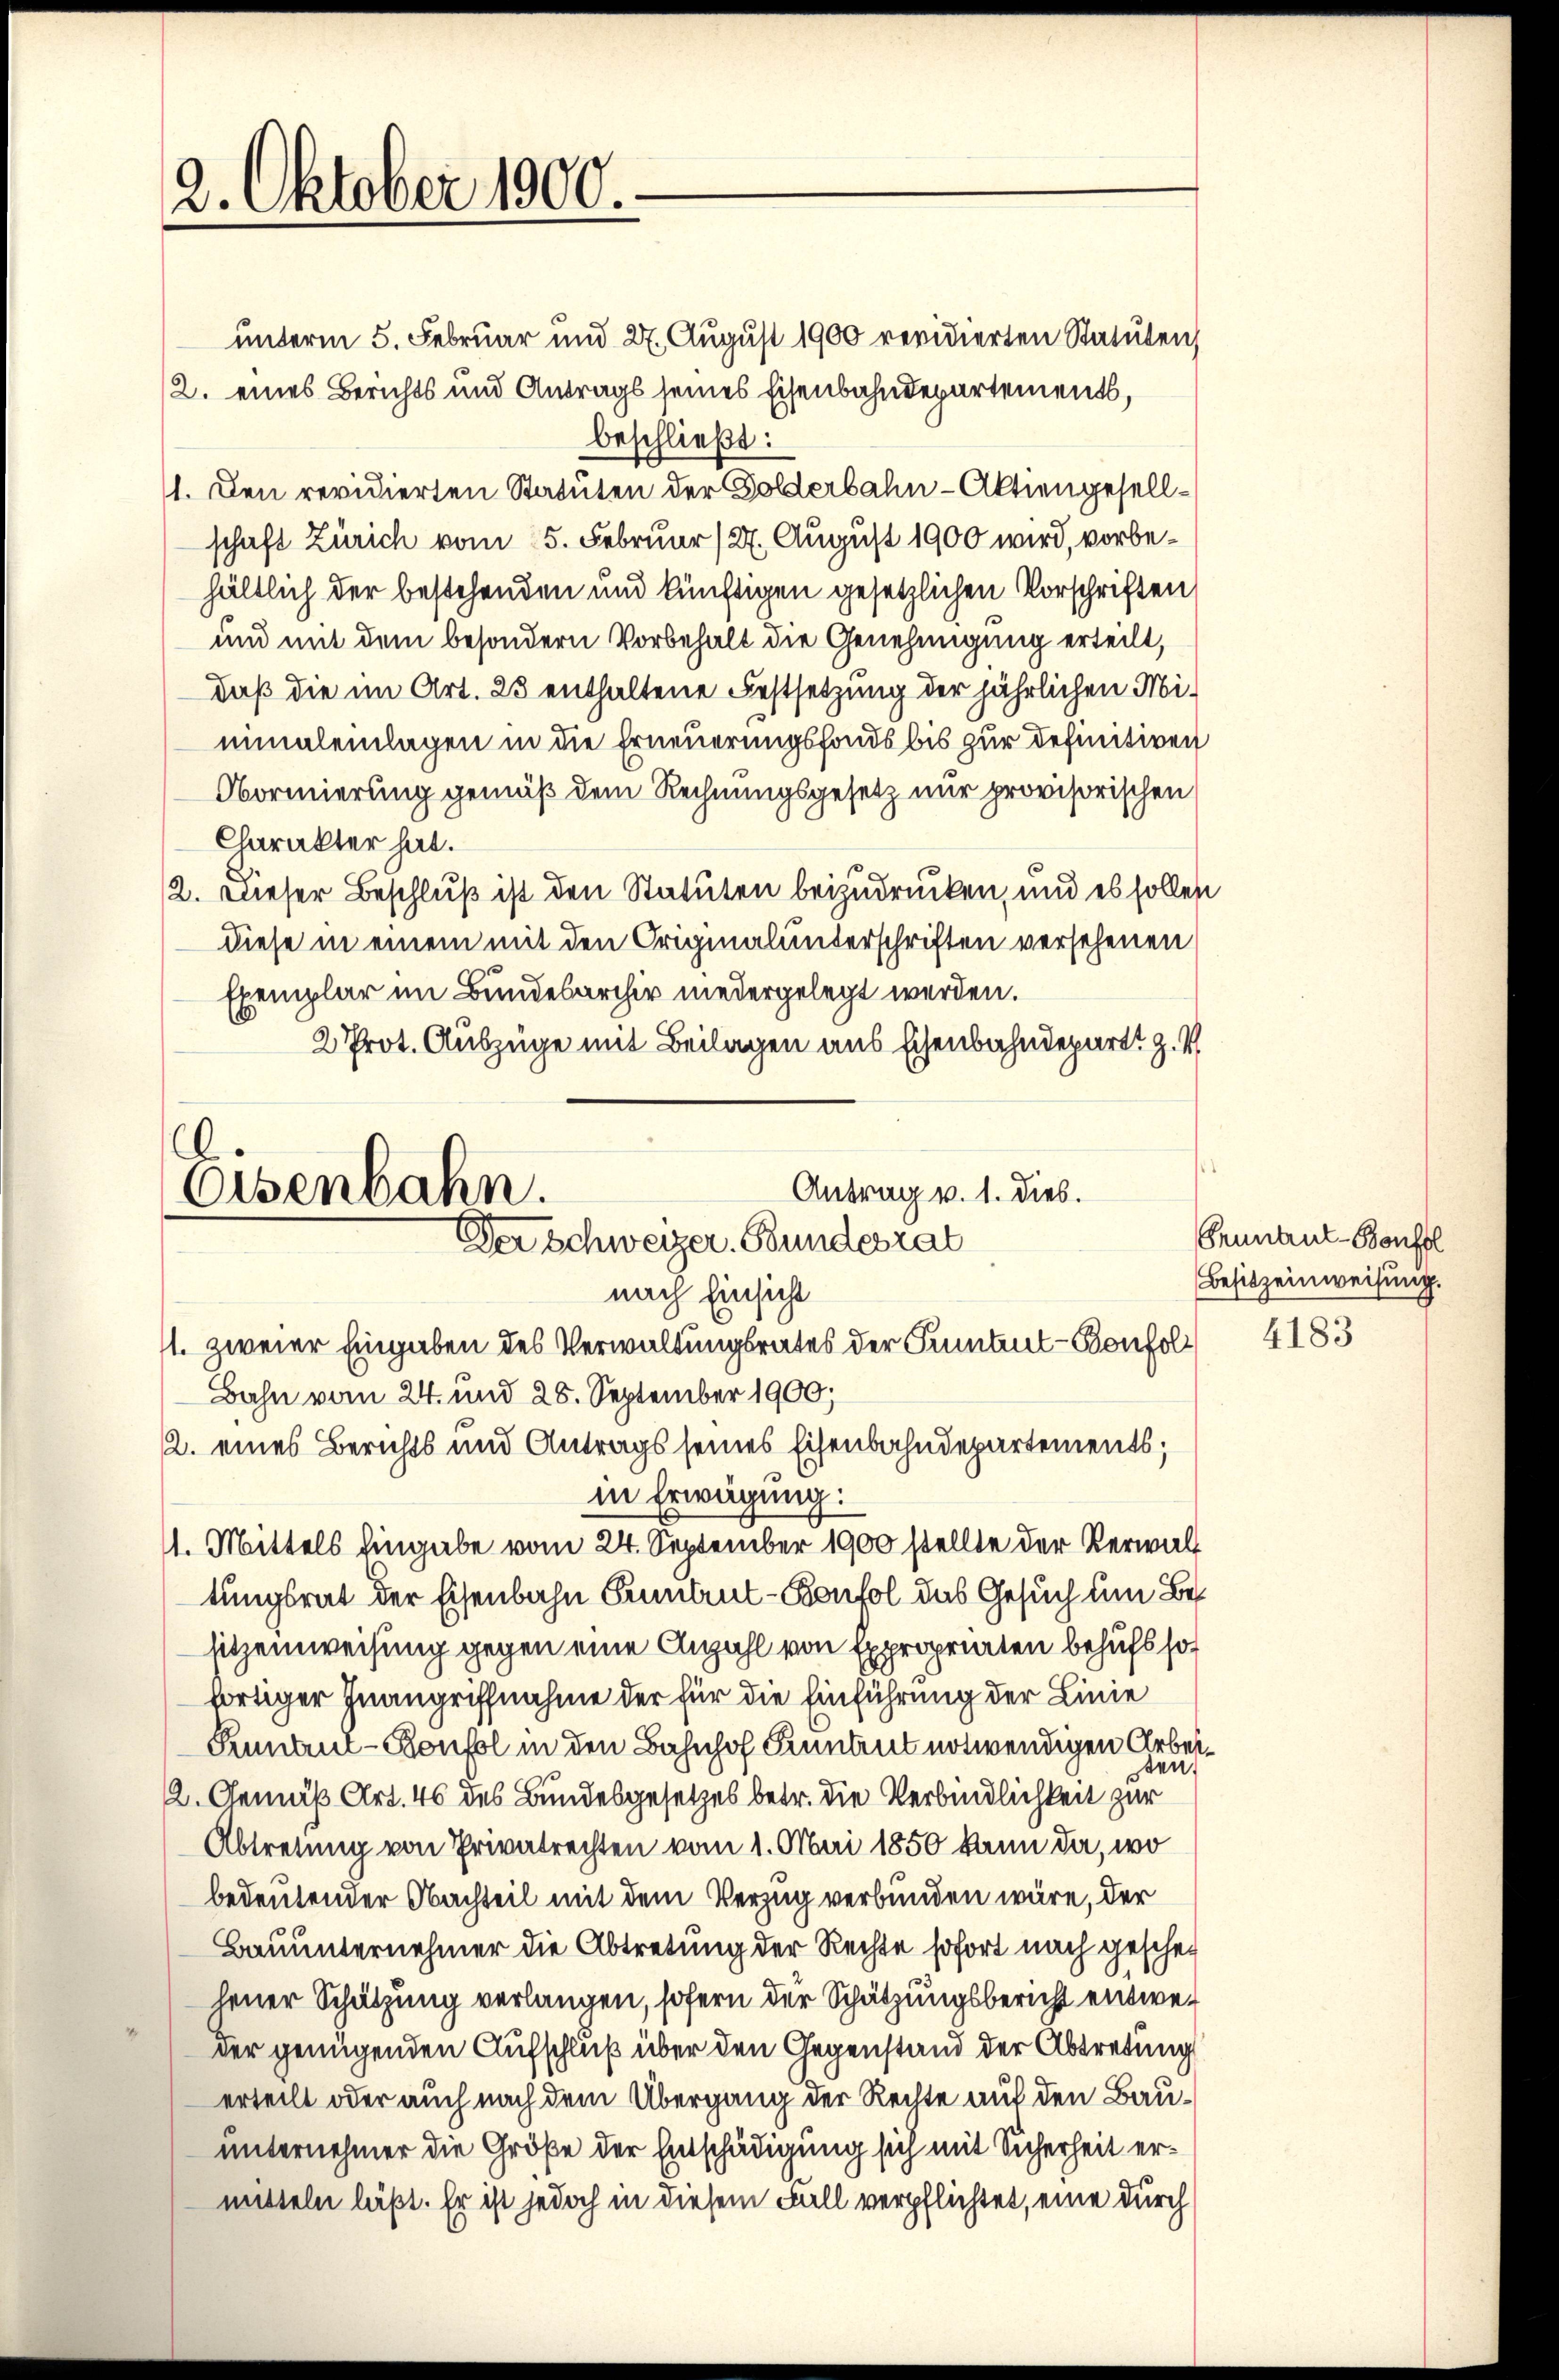
2. Oktober 1900

unterm 5. Februar und 27. August 1900 revidierten Statuten
2. eines Berichts und Antrags seines Eisenbahndepartements,
beschließt:
1. Den revidierten Statuten der Golderbahn-Aktiengesellschaft Zürich vom 15. Februar (27. August 1900 wird, vorbehältlich der bestehenden und künftigen gesetzlichen Vorschriften
und mit dem besondern Vorbehalt die Genehmigung erteilt,
daß die im Art. 23 enthaltene Festsetzung der jährlichen Minimaleinlagen in die Erneuerungsfonds bis zur Definitiven
Oormierung gemäß dem Rechnungsgesetz nur provisorischen
Charakter hat.
12. Dieser Beschluß ist den Statuten beizudrücken, und es sollen
diese in einem mit den Originalunterschriften versehenen
Exemplar im Bundesarchiv niedergelegt werden.
2 Prot. Auszüge mit Beilagen aus Eisenbahndepart z.
.
Antrag v. 1. dies.
Eisenbahn.
Der Schweizer. Bundesrat

nach Einsicht

1. zweier Eingaben des Verwaltungsrates der Funtent-Bonfol
Bahn vom 24. und 28. September 1900;
2. eines Berichts und Antrags seines Eisenbahndepartements;
in Erwägung:
11. Mittels Eingabe vom 24. September 1900 stellte der Verwalt
tungsrat der Eisenbahn Pruntrut-Konfol das Gesuch um Besitzeinweisung gegen eine Anzahl von Expropriaten behufs hof
fortiger Inangriffnahme der für die Einführung der Linie
Pennant-Bonfol in den Bahnhof Sennant notwendigen Arbeisen.
2. Gemäß Art. 46 des Bundesgesetzes betr. die Verbindlichkeit zur
Abtretung von Privatrechten vom 1. Mai 1850 kann da, wo
bedeutender Obachteil mit dem Verzug verbunden wäre, der
Bauunternehmer die Abtretung der Rechte sofort nach geschei
jener Schätzung verlangen, sofern der Schätzungsbericht entweder genügenden Aufschluß über den Gegenstand der Abtretung
erteilt oder auch nach dem Übergang der Rechte auf den Bauunternehmer die Größe der Entschädigung sich mit Sicherheit ermitteln läßt. Er ist jedoch in diesem Fall verpflichtet, eine durch

Pruntrul-Bonftl
Besitzeinweisung.

4183